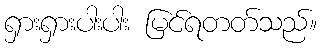
ရှားရှားပါးပါး မြင်ရတတ်သည်။